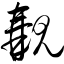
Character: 觏